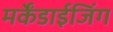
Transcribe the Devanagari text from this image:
मर्केंडाईजिंग